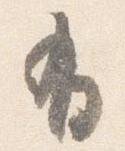
有